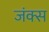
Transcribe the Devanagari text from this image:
जंक्स